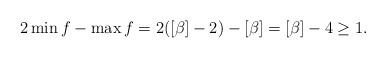
LaTeX: \begin{align*}2\min f - \max f = 2([\beta]-2)-[\beta] = [\beta]-4 \geq 1.\end{align*}